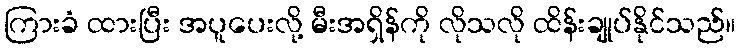
ကြားခံ ထားပြီး အပူပေးလို့ မီးအရှိန်ကို လိုသလို ထိန်းချုပ်နိုင်သည်။